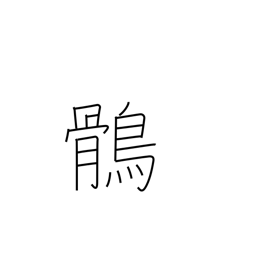
Meaning: eagle